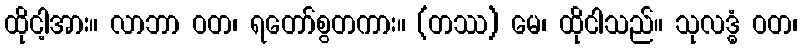
ထိုငါ့အား။ လာဘာ ဝတ၊ ရတော်စွတကား။ (တဿ) မေ၊ ထိုငါသည်။ သုလဒ္ဓံ ဝတ၊